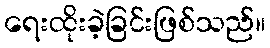
ရေးထိုးခဲ့ခြင်းဖြစ်သည်။